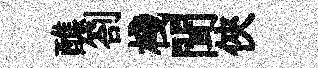
醮劄棧聞俠